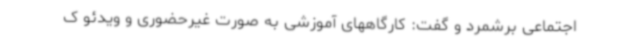
اجتماعی برشمرد و گفت: کارگاههای آموزشی به صورت غیرحضوری و ویدئو ک